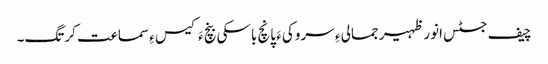
چیف جسٹس انور ظہیر جمالی ءِ سروکی ءَ پانچ باسکی بنچ ءَ کیس ءِ سماعت کرتگ۔